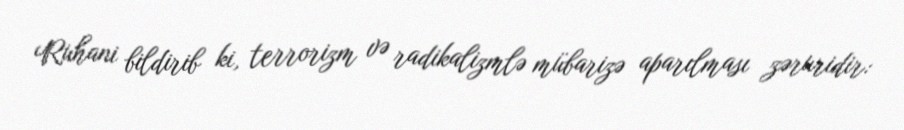
Ruhani bildirib ki, terrorizm və radikalizmlə mübarizə aparılması zəruridir: